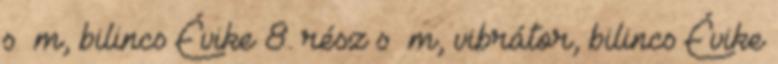
s m, bilincs Évike 8. rész s m, vibrátor, bilincs Évike